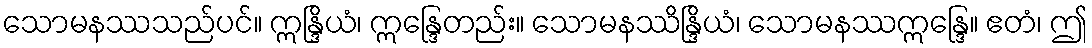
သောမနဿသည်ပင်။ ဣန္ဒြိယံ၊ ဣန္ဒြေတည်း။ သောမနဿိန္ဒြိယံ၊ သောမနဿဣန္ဒြေ။ ဧတံ၊ ဤ